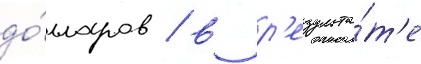
до́лларов / в р'езульта́т'е